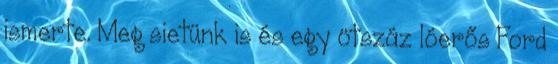
ismerte. Meg sietünk is és egy ötszáz lóerős Ford